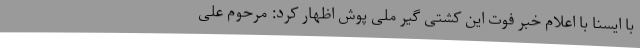
با ایسنا با اعلام خبر فوت این کشتی گیر ملی پوش اظهار کرد: مرحوم علی